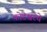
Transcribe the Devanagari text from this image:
कोटेश्वरचे